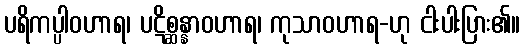
ပရိကပ္ပါဝဟာရ၊ ပဋိစ္ဆန္နာဝဟာရ၊ ကုသာဝဟာရ-ဟု ငါးပါးပြား၏။